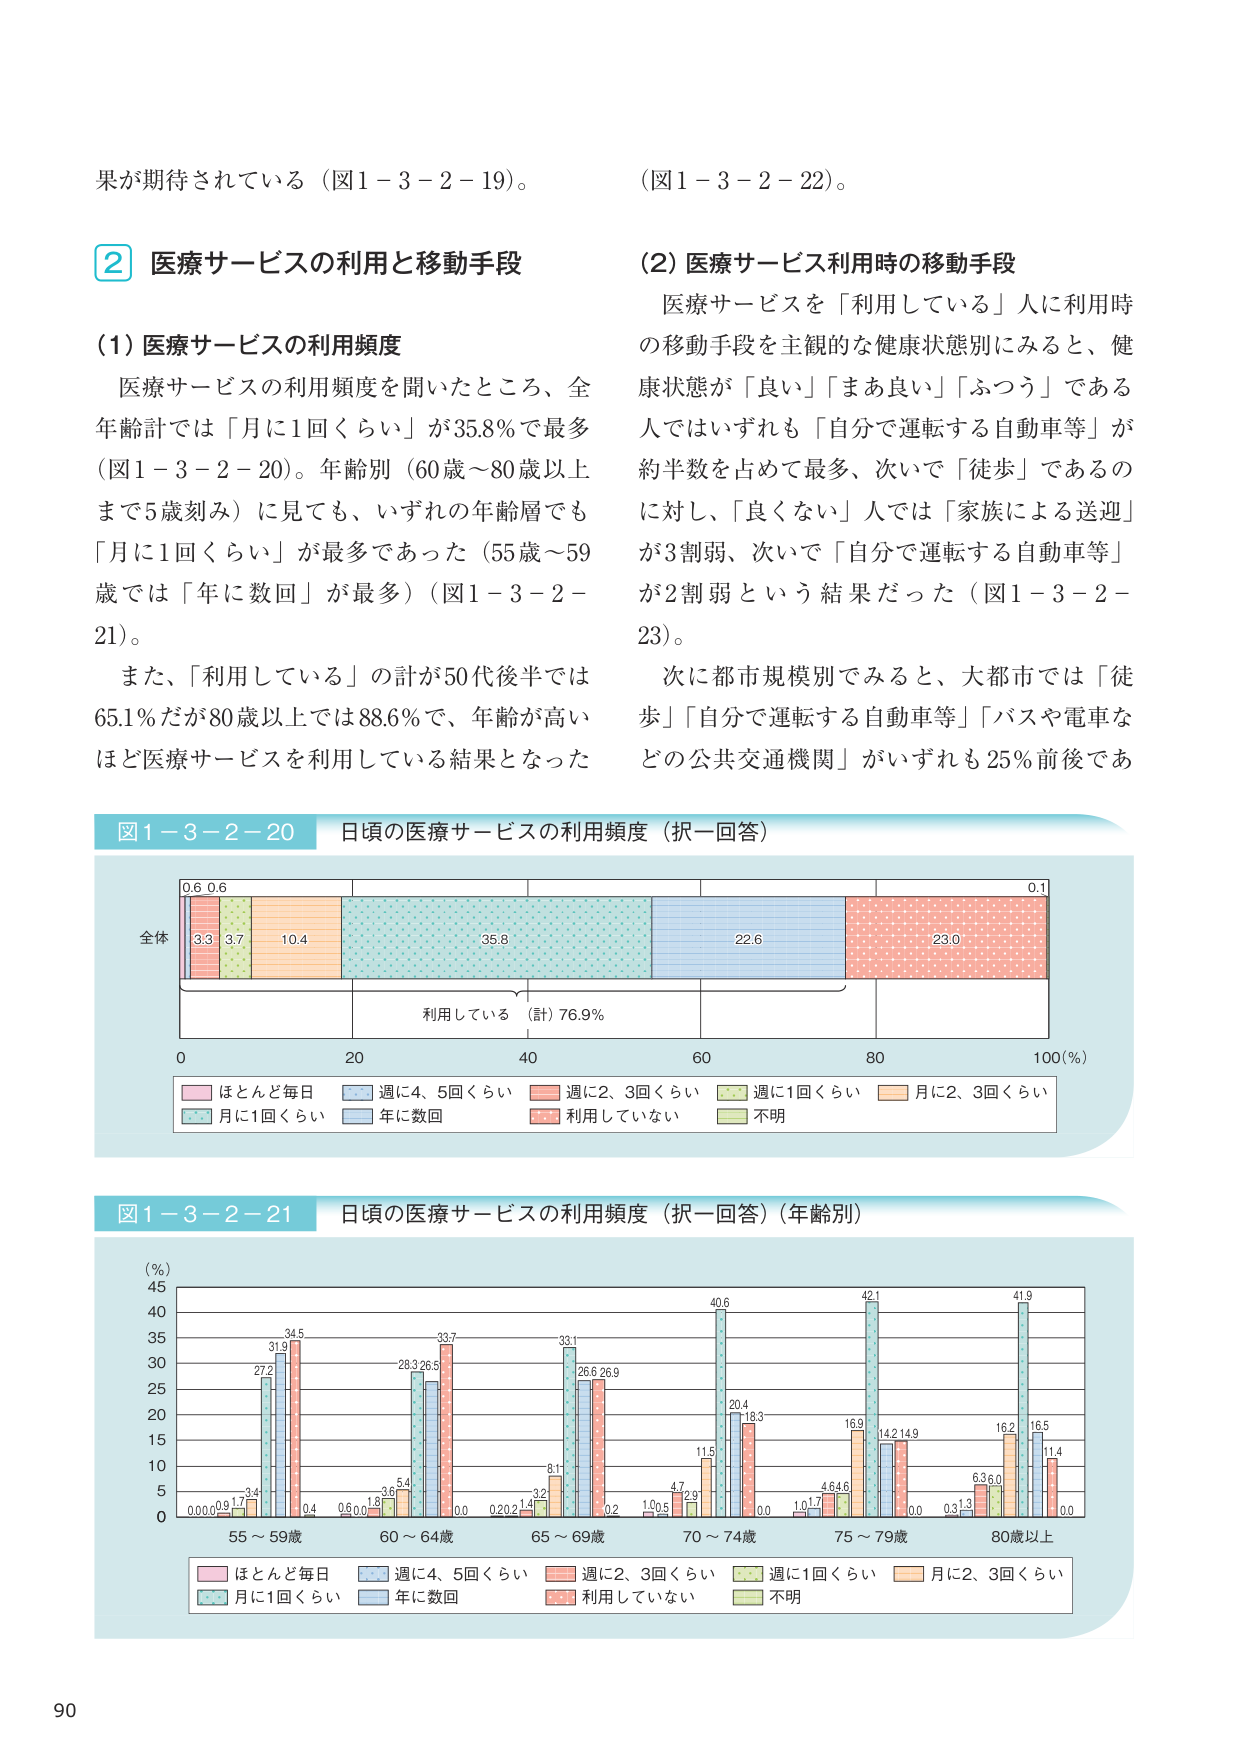
果が期待されている（図1－3－2－19）。

② 医療サービスの利用と移動手段

（1）医療サービスの利用頻度
医療サービスの利用頻度を聞いたところ、全年齢計では「月に1回くらい」が35.8％で最多（図1－3－2－20）。年齢別（60歳～80歳以上まで5歳刻み）に見ても、いずれの年齢層でも「月に1回くらい」が最多であった（55歳～59歳では「年に数回」が最多）（図1－3－2－21）。
また、「利用している」の計が50代後半では65.1％だが80歳以上では88.6％で、年齢が高いほど医療サービスを利用している結果となった。

（図1－3－2－22）。

（2）医療サービス利用時の移動手段
医療サービスを「利用している」人に利用時の移動手段を主観的な健康状態別にみると、健康状態が「良い」「まあ良い」「ふつう」である人ではいずれも「自分で運転する自動車等」が約半数を占めて最多、次いで「徒歩」であるのに対し、「良くない」人では「家族による送迎」が3割弱、次いで「自分で運転する自動車等」が2割弱という結果だった（図1－3－2－23）。
次に都市規模別でみると、大都市では「徒歩」「自分で運転する自動車等」「バスや電車などの公共交通機関」がいずれも25％前後であった。

図1－3－2－20 日頃の医療サービスの利用頻度（択一回答）
全体
0.6 0.6
3.3 3.7 10.4 35.8 22.6 23.0 0.1
利用している（計）76.9％
0 20 40 60 80 100（％）
■ほとんど毎日 ■週に4、5回くらい ■週に2、3回くらい ■週に1回くらい ■月に2、3回くらい
■月に1回くらい ■年に数回 ■利用していない ■不明

図1－3－2－21 日頃の医療サービスの利用頻度（択一回答）（年齢別）
（％）
45
40
35
30
25
20
15
10
5
0
0.0 0.0 0.9 1.7 3.4 27.2 31.9 34.5 0.4
0.6 0.0 1.8 3.6 5.4 28.3 26.5 33.7 0.0
0.2 0.2 1.4 3.2 8.1 33.1 26.6 26.9 0.2
1.0 0.5 4.7 2.9 11.5 40.6 20.4 18.3 0.0
1.0 1.7 4.6 4.6 16.9 42.1 14.2 14.9 0.0
0.3 1.3 6.3 6.0 16.2 41.9 16.5 11.4 0.0
55～59歳 60～64歳 65～69歳 70～74歳 75～79歳 80歳以上
■ほとんど毎日 ■週に4、5回くらい ■週に2、3回くらい ■週に1回くらい ■月に2、3回くらい
■月に1回くらい ■年に数回 ■利用していない ■不明

90